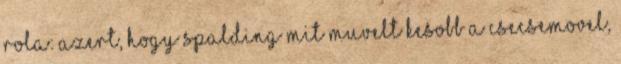
rola: Azert, hogy Spalding mit muvelt kesobb a csecsemovel,